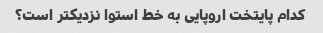
کدام پایتخت اروپایی به خط استوا نزدیکتر است؟